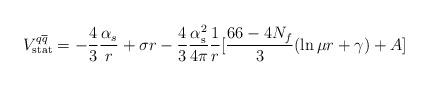
LaTeX: \begin{align*}V^{q\overline{q}}_{{\rm stat}} = - \frac{4}{3} \frac{{\alpha}_s}{r} + \sigma r -{4\over 3} {\alpha_{\rm s}^2 \over 4 \pi} {1\over r} [{66- 4 N_{f} \over 3} (\ln \mu r + \gamma) +A]\end{align*}